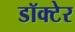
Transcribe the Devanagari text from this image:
डॉक्टेर